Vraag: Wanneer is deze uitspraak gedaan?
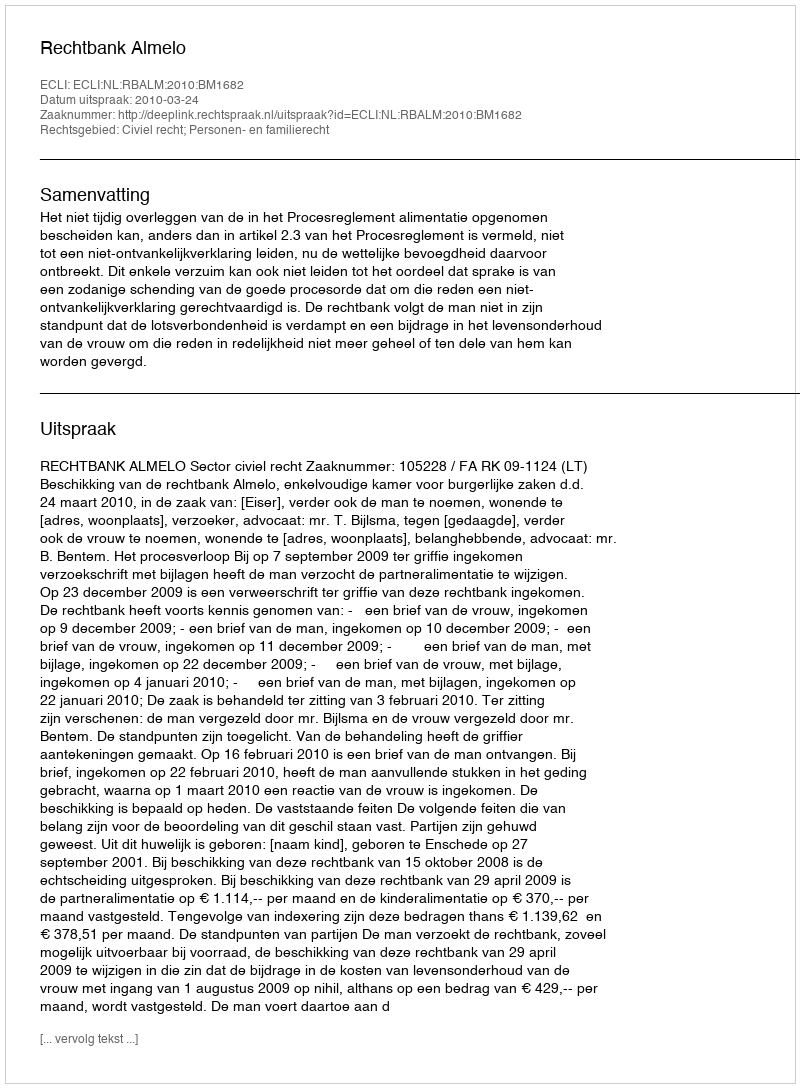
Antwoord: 2010-03-24